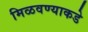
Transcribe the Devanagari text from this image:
मिळवण्याकडे